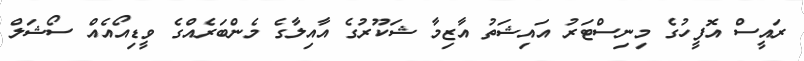
ރައީސް އޮފީހުގެ މިނިސްޓަރު އައިޝަތު އާޒިމާ ޝަކޫރުގެ އާއިލާގެ މެންބަރެއްގެ ވީޑިއޯއެއް ސޯޝަލް